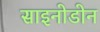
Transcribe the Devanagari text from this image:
साइनोडोन